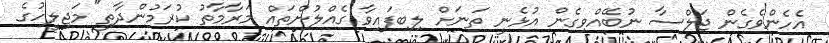
އެހެންވެގެން ޖަލްސާ ނުބޭއްވިގެން އުޅެނީ ތަނަށް ލިބިފައިވާ ގެއްލުންތައް މަރާމާތު ކުރަމުންދާތީ" މަޖިލީހުގެ